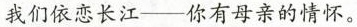
我们依恋长江——你有母亲的情怀。